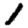
Digit: 1